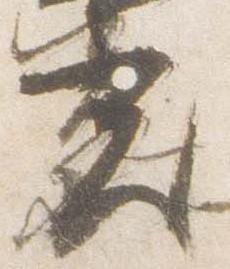
光